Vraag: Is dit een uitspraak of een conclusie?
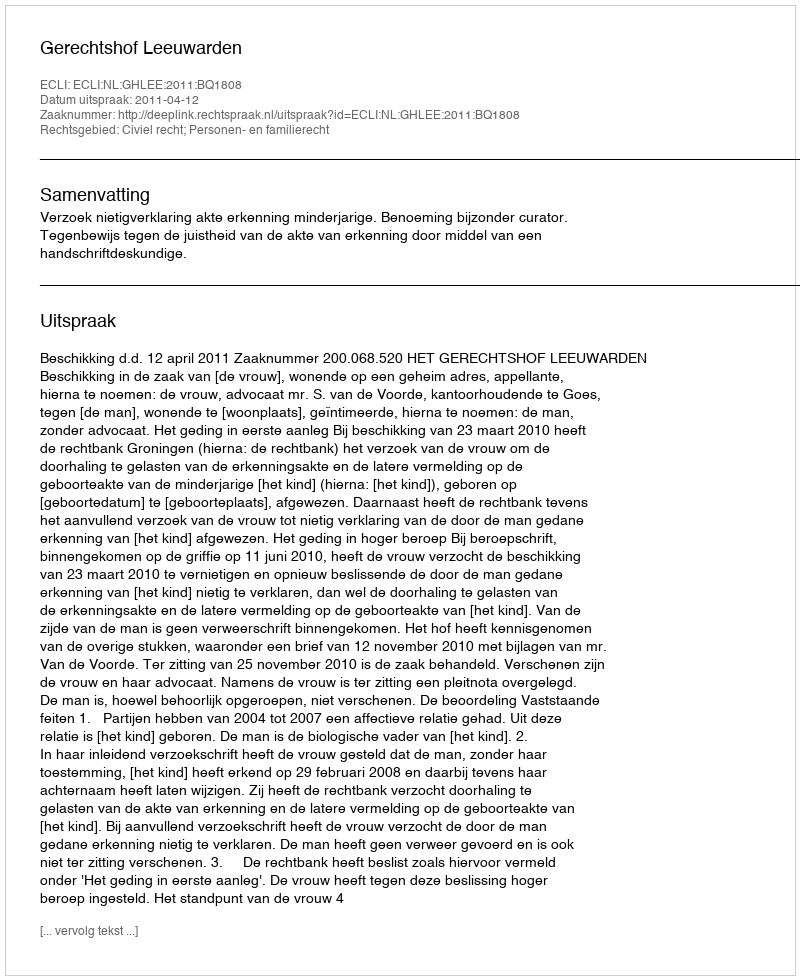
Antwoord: Uitspraak